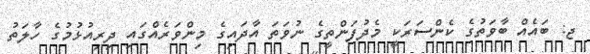
ޖ: ބައެއް ބާވަތުގެ ކެންސަރަކީ މެދުފަންތީގެ ނުވަތަ އާދައިގެ މިންވަރެއްގައި ދިރިއުޅުމުގެ ހާލަތު